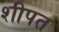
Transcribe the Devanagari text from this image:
शीपत